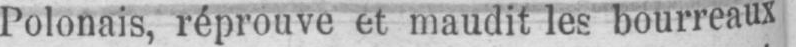
Polonais, réprouve et maudit les bourreaux